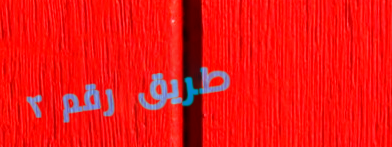
طريق رقم ٢